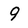
Character: 9